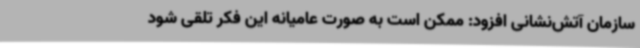
سازمان آتش‌نشانی افزود: ممکن است به صورت عامیانه این فکر تلقی شود